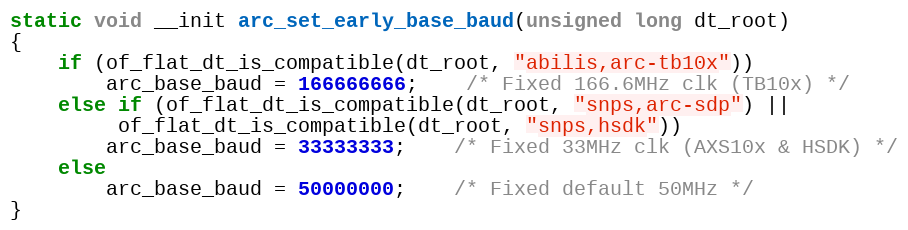
Language: C
static void __init arc_set_early_base_baud(unsigned long dt_root)
{
	if (of_flat_dt_is_compatible(dt_root, "abilis,arc-tb10x"))
		arc_base_baud = 166666666;	/* Fixed 166.6MHz clk (TB10x) */
	else if (of_flat_dt_is_compatible(dt_root, "snps,arc-sdp") ||
		 of_flat_dt_is_compatible(dt_root, "snps,hsdk"))
		arc_base_baud = 33333333;	/* Fixed 33MHz clk (AXS10x & HSDK) */
	else
		arc_base_baud = 50000000;	/* Fixed default 50MHz */
}